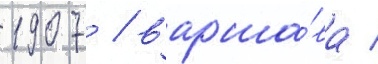
1907 / варша́ва /